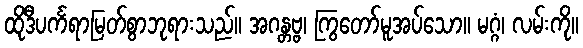
ထိုဒီပင်္ကရာမြတ်စွာဘုရားသည်။ အဂန္တဗ္ဗ၊ ကြွတော်မူအပ်သော။ မဂ္ဂံ၊ လမ်းကို။